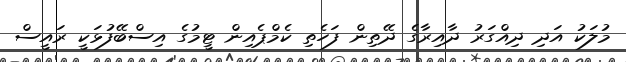
މުލަކު އަދި ދިއްގަރު ދާއިރާގެ ދޭތިން ފަހެތި ކެމްޕެއިން ޓީމުގެ އިސްބޭފުޅަކީ ރައީސް